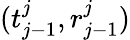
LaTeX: (t_{j-1}^{j},r_{j-1}^{j})